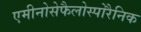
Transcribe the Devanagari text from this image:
एमीनोसेफैलोस्पोरैनिक